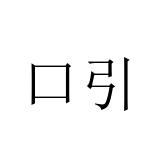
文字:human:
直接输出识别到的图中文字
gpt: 口引